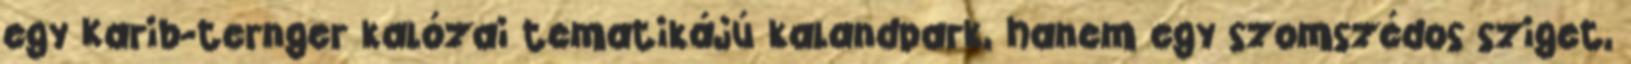
egy Karib-ternger kalózai tematikájú kalandpark, hanem egy szomszédos sziget,